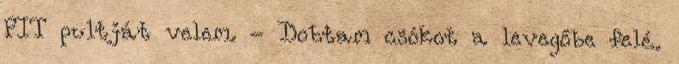
PIT pultját velem. - Dobtam csókot a levegőbe felé.